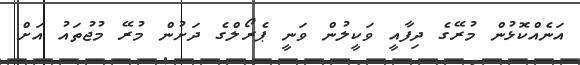
އަނެއްކޮޅުން މުރޭގެ ދިފާއީ ވަކީލުން ވަނީ ޕެރޯލްގެ ދަށުން މުރޭ މުޖުތައު އަށް